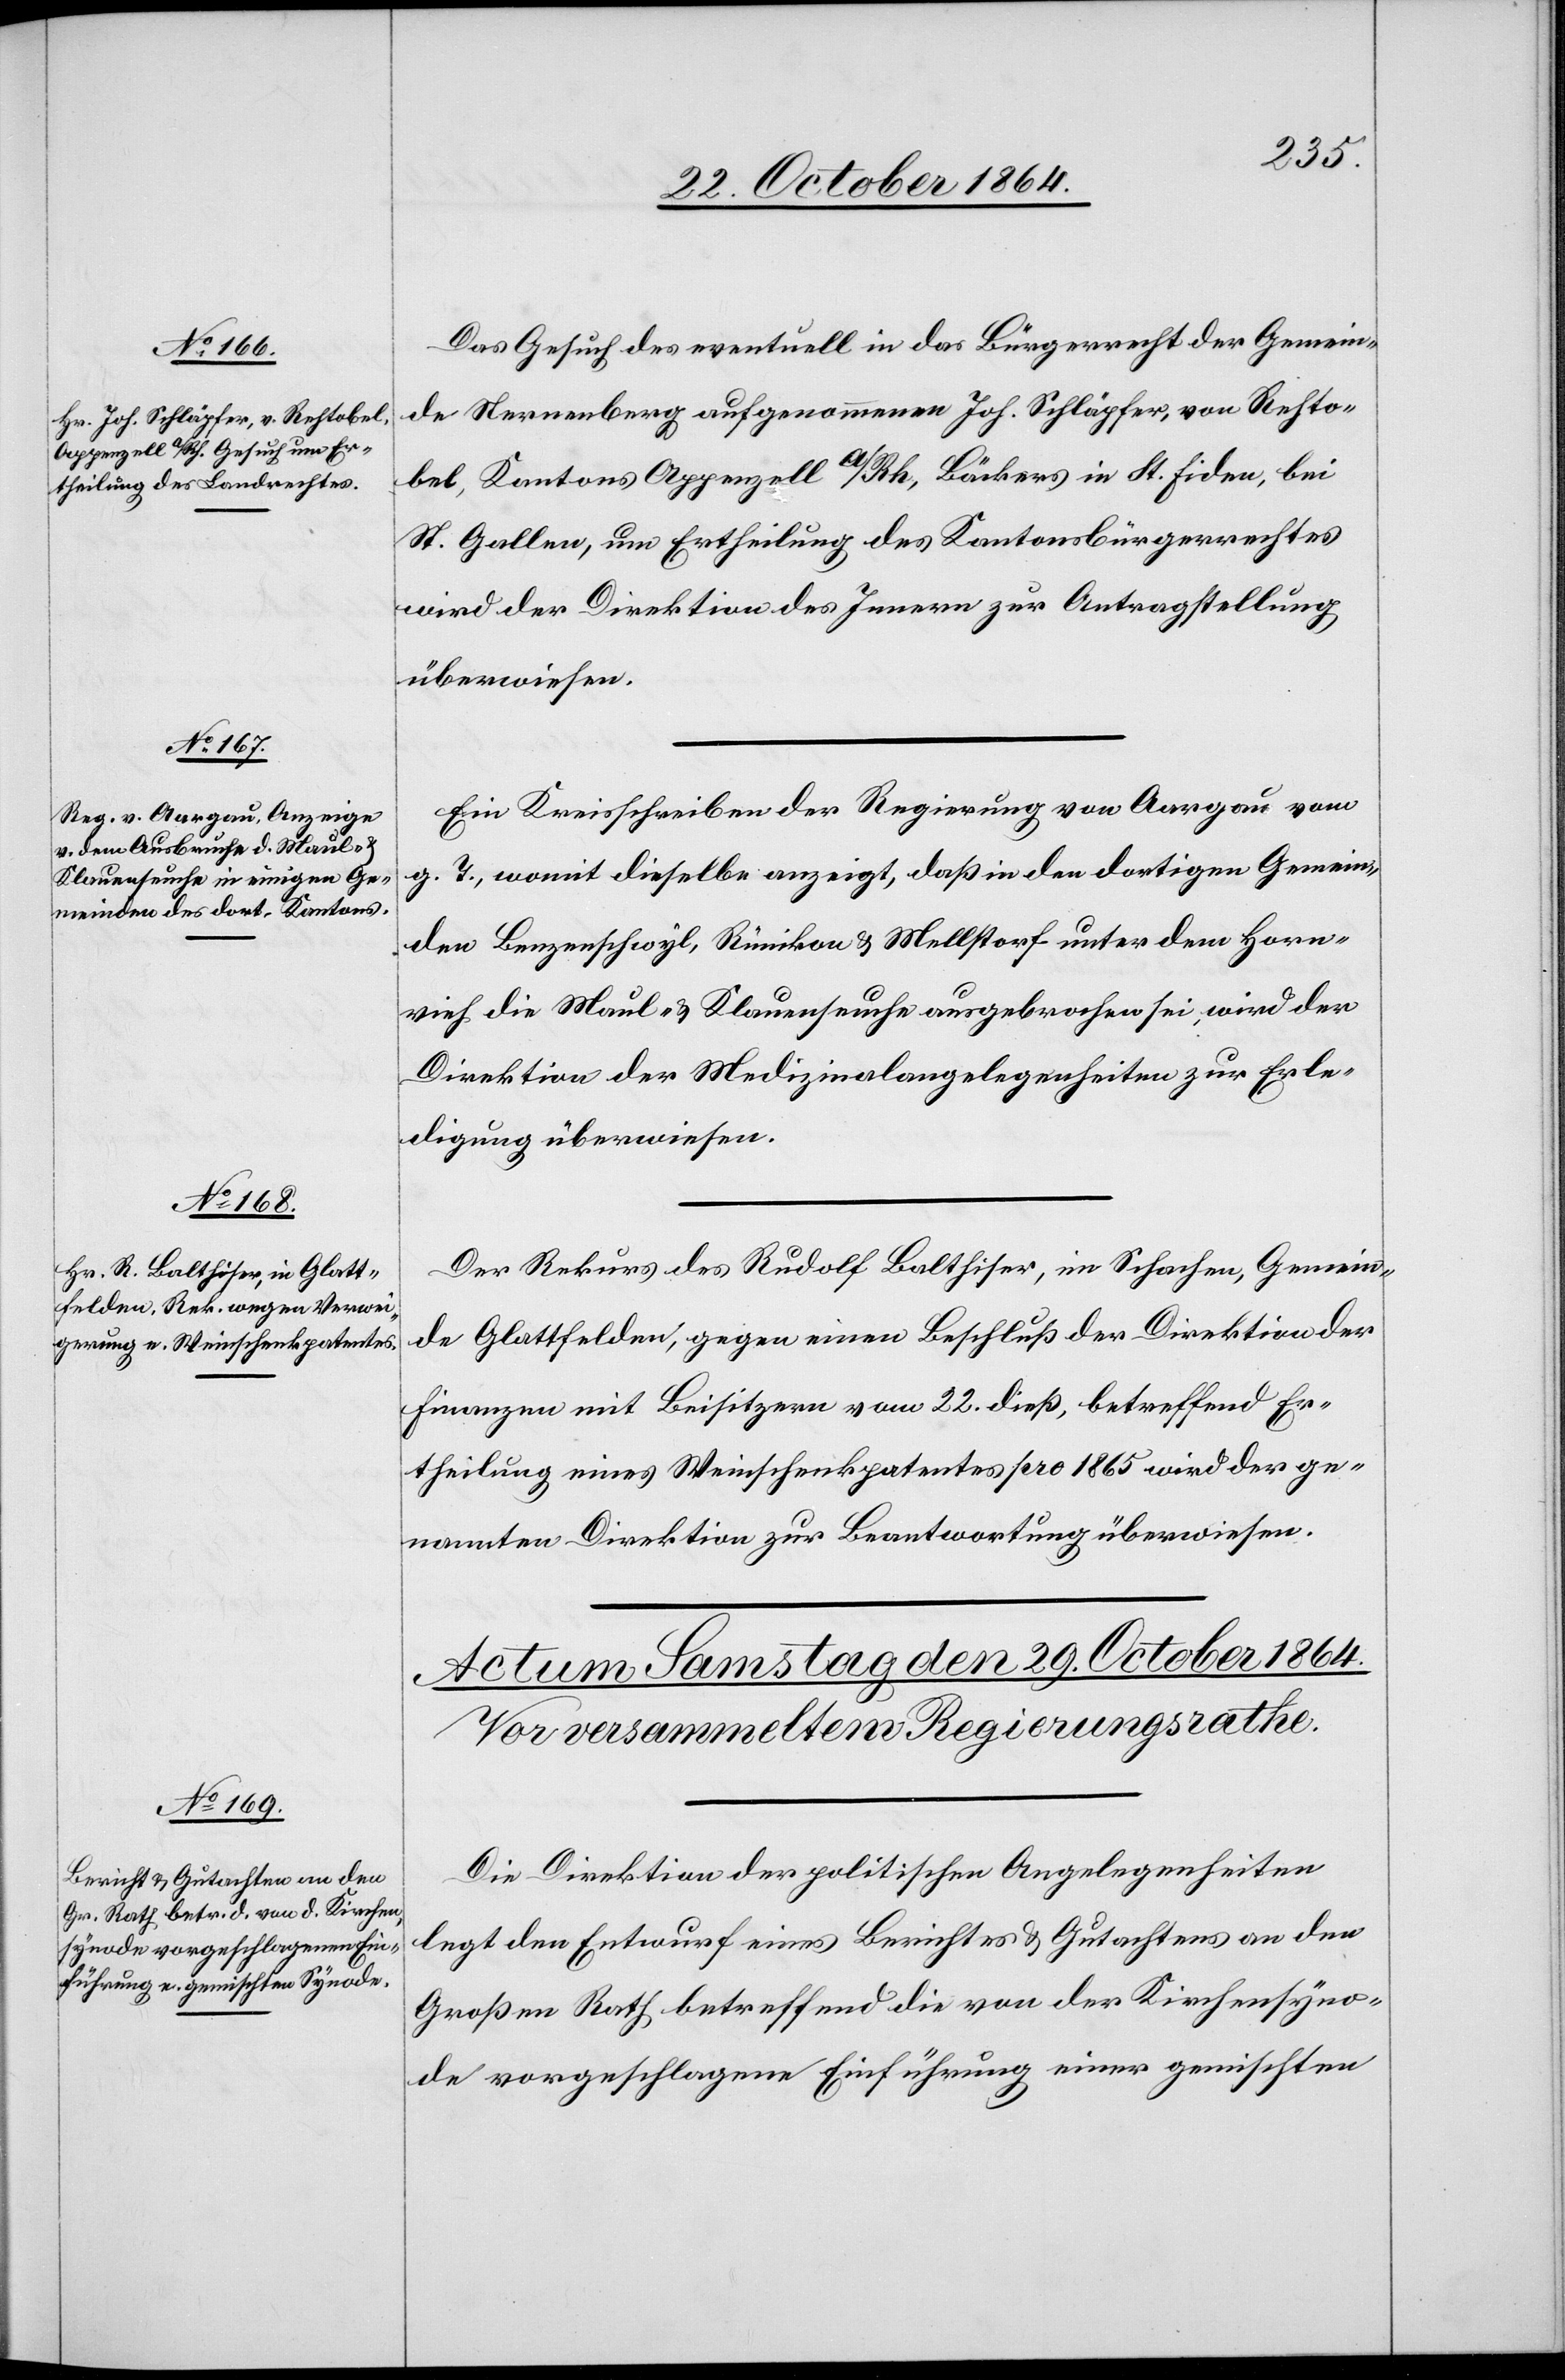
28. October 1864.]
Das Gesuch des eventuell in das Bürgerrecht der Gemein¬
de Sternenberg aufgenommenen Joh. Schläpfer, von Rehto¬
bel, Kantons Appenzell a/Rh, Bäckers in St. Fiden, bei
St. Gallen, um Ertheilung des Kantonsbürgerrechtes
wird der Direktion des Innern zur Antragstellung
überwiesen.
Ein Kreisschreiben der Regierung von Aargau vom
g. T., womit dieselbe anzeigt, daß in den dortigen Gemein¬
den Benzenschwyl, Rümikon & Mellstorf unter dem Horn¬
vieh die Maul- & Klauenseuche ausgebrochen sei, wird der
Direktion der Medizinalangelegenheiten zur Erle¬
digung überwiesen.
Der Rekurs des Rudolf Balthiser, in Schachen, Gemein¬
de Glattfelden, gegen einen Beschluß der Direktion der
Finanzen mit Beisitzern vom 22. dieß, betreffend Er¬
theilung eines Weinschenkpatentes pro 1865 wird der ge¬
nannten Direktion zur Beantwortung überwiesen.
Die Direktion der politischen Angelegenheiten
legt den Entwurf eines Berichtes & Gutachtens an den
Großen Rath betreffend die von der Kirchensyno¬
de vorgeschlagene Einführung einer gemischten